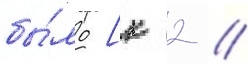
бы́ло [к 2 //